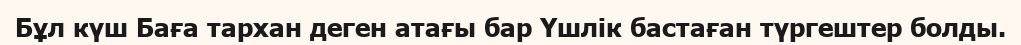
Бұл күш Баға тархан деген атағы бар Үшлік бастаған түргештер болды.